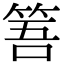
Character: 𥭠